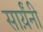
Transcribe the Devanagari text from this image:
सार्य़ंनी